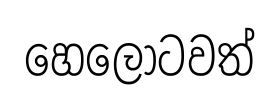
හෙලෝටවත්